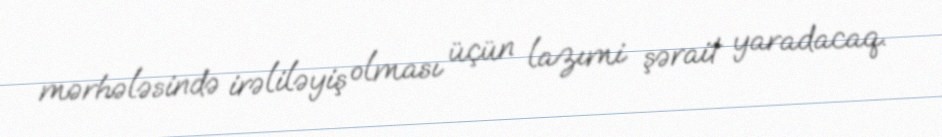
mərhələsində irəliləyiş olması üçün lazımi şərait yaradacaq.